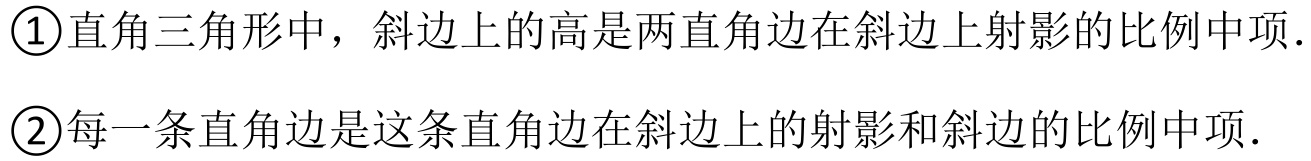
\textcircled{1}直角三角形中，斜边上的高是两直角边在斜边上射影的比例中项.
\textcircled{2}每一条直角边是这条直角边在斜边上的射影和斜边的比例中项.